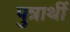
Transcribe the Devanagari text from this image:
पुत्रार्थी